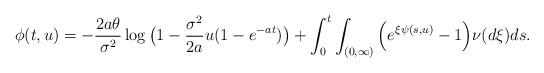
LaTeX: \begin{align*}\phi(t,u)=-\frac{2a\theta}{\sigma^2}\log \big(1-\frac{\sigma^2}{2a}u(1-e^{-at})\big)+ \int_0^t \int_{(0,\infty)}\Big(e^{\xi\psi(s,u)}-1\Big)\nu(d\xi)ds.\end{align*}